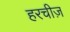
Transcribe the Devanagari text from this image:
हरचीज़